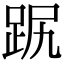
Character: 𧿻